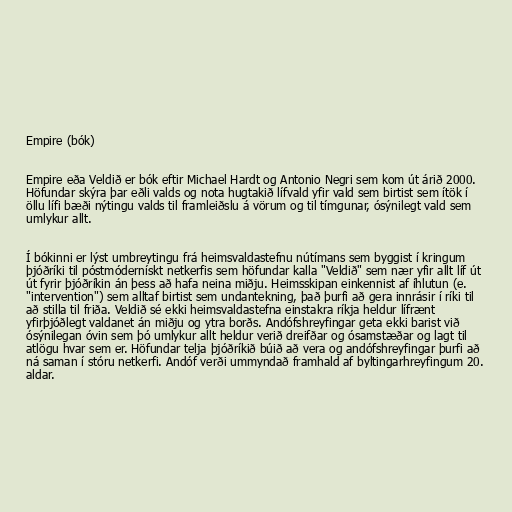
Empire (bók)

Empire eða Veldið er bók eftir Michael Hardt og Antonio Negri sem kom út árið 2000.
Höfundar skýra þar eðli valds og nota hugtakið lífvald yfir vald sem birtist sem ítök í
öllu lífi bæði nýtingu valds til framleiðslu á vörum og til tímgunar, ósýnilegt vald sem
umlykur allt.

Í bókinni er lýst umbreytingu frá heimsvaldastefnu nútímans sem byggist í kringum
þjóðríki til póstmódernískt netkerfis sem höfundar kalla "Veldið" sem nær yfir allt líf út
út fyrir þjóðríkin án þess að hafa neina miðju. Heimsskipan einkennist af íhlutun (e.
"intervention") sem alltaf birtist sem undantekning, það þurfi að gera innrásir í ríki til
að stilla til friða. Veldið sé ekki heimsvaldastefna einstakra ríkja heldur lífrænt
yfirþjóðlegt valdanet án miðju og ytra borðs. Andófshreyfingar geta ekki barist við
ósýnilegan óvin sem þó umlykur allt heldur verið dreifðar og ósamstæðar og lagt til
atlögu hvar sem er. Höfundar telja þjóðríkið búið að vera og andófshreyfingar þurfi að
ná saman í stóru netkerfi. Andóf verði ummyndað framhald af byltingarhreyfingum 20.
aldar.